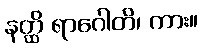
နတ္ထိ ရာဂေါတိ၊ ကား။